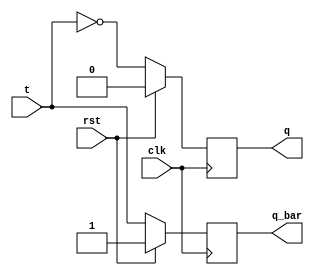
module tff(t, clk, rst, q, q_bar); 
  input wire t;
  input wire clk;
  input wire rst;
  output reg q, q_bar;
  always@(posedge clk) begin
    if(rst == 1) begin
      q = 0;
      q_bar = ~q;
    end
    else begin
      q = ~t;
      q_bar = ~q;
    end
   $monitor("Reset = %0d; t = %0b; q = %0b; q_bar = %0b", rst, t, q, q_bar);
  end
endmodule